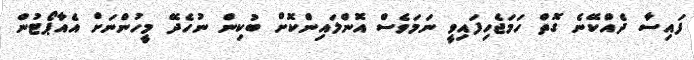
ފައިސާ ދެއްކޭނެ ގޮތް ހަމަޖެހިފައިވީ ނަމަވެސް އޮންލައިންކޮށް ބުކިން ނުހެދޭ މީހުންނަށް އެއާޕޯޓުން